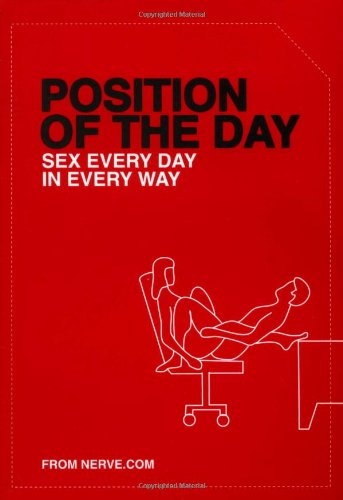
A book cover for Position of the Day: Sex Every Day in Every Way; Nerve.com; Humor & Entertainment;